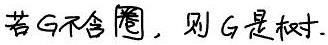
若 $G$ 不含圈，则 $G$ 是树.